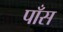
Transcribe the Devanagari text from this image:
पाँस